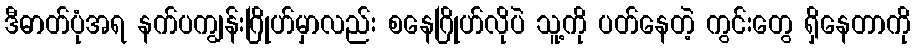
ဒီဓာတ်ပုံအရ နက်ပကျွန်းဂြိုဟ်မှာလည်း စနေဂြိုဟ်လိုပဲ သူ့ကို ပတ်နေတဲ့ ကွင်းတွေ ရှိနေတာကို